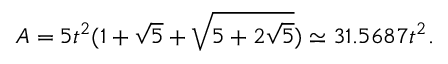
A = { 5 } t ^ { 2 } ( 1 + { \sqrt { 5 } } + { \sqrt { 5 + 2 { \sqrt { 5 } } } } ) \simeq 3 1 . 5 6 8 7 t ^ { 2 } .